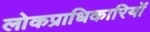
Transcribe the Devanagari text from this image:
लोकप्राधिकारियों